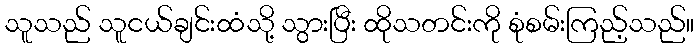
သူသည် သူငယ်ချင်းထံသို့ သွားပြီး ထိုသတင်းကို စုံစမ်းကြည့်သည်။